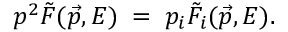
p ^ { 2 } \tilde { F } ( \vec { p } , E ) \; = \; p _ { i } \tilde { F } _ { i } ( \vec { p } , E ) .